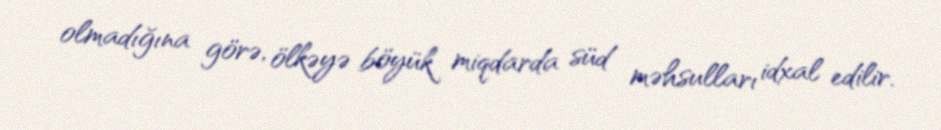
olmadığına görə, ölkəyə böyük miqdarda süd məhsulları idxal edilir.